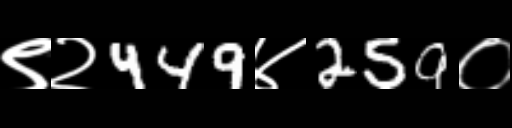
Text: ९२449४259०